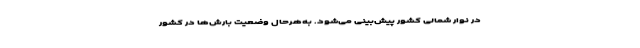
در نوار شمالی کشور پیش‌بینی می‌شود. به‌هرحال وضعیت بارش‌ها در کشور